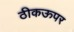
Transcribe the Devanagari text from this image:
ठीकऊपर